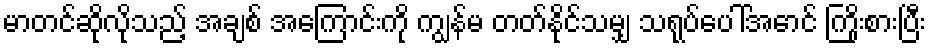
မာတင်ဆိုလိုသည့် အချစ် အကြောင်းကို ကျွန်မ တတ်နိုင်သမျှ သရုပ်ပေါ်အောင် ကြိုးစားပြီး